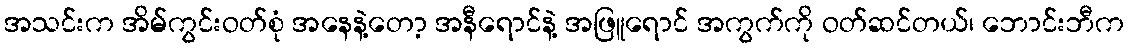
အသင်းက အိမ်ကွင်းဝတ်စုံ အနေနဲ့တော့ အနီရောင်နဲ့ အဖြူရောင် အကွက်ကို ဝတ်ဆင်တယ်၊ ဘောင်းဘီက